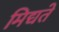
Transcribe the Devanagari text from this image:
मिद्यते